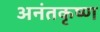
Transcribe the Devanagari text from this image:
अनंतकृष्ण